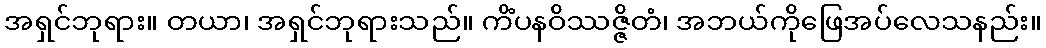
အရှင်ဘုရား။ တယာ၊ အရှင်ဘုရားသည်။ ကိံပနဝိဿဇ္ဇိတံ၊ အဘယ်ကိုဖြေအပ်လေသနည်း။